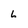
Character: 6